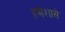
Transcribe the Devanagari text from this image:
हमेशासे